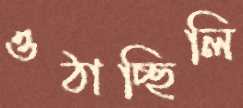
ওঠাচ্ছিলি